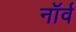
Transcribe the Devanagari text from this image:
नॉर्व